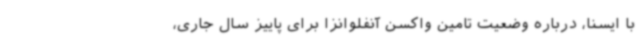
با ایسنا، درباره وضعیت تامین واکسن آنفلوانزا برای پاییز سال جاری،